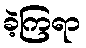
ခဲ့ကြရာ